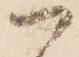
御